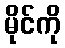
မိုင်ကို